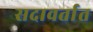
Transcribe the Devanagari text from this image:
सदावर्तात